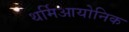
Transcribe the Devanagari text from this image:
थर्मिआयोनिक